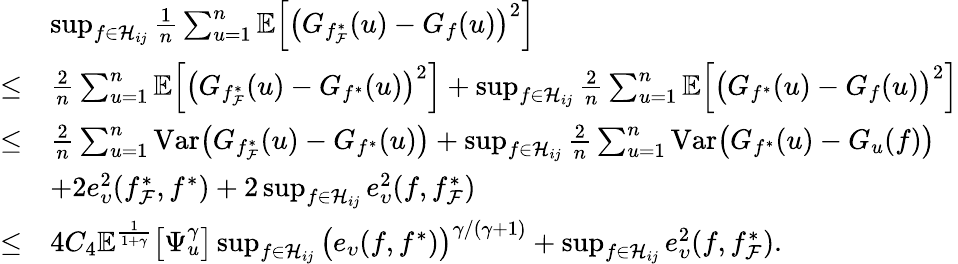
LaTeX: \begin{array}{rl}&{\operatorname*{sup}_{f\in\mathcal{H}_{ij}}\frac{1}{n}\sum_{u=1}^{n}\mathbb{E}\Big[\big(G_{f_{\mathcal{F}}^{*}}(u)-G_{f}(u)\big)^{2}\Big]}\\ {\leq}&{\frac{2}{n}\sum_{u=1}^{n}\mathbb{E}\Big[\big(G_{f_{\mathcal{F}}^{*}}(u)-G_{f^{*}}(u)\big)^{2}\Big]+\operatorname*{sup}_{f\in\mathcal{H}_{ij}}\frac{2}{n}\sum_{u=1}^{n}\mathbb{E}\Big[\big(G_{f^{*}}(u)-G_{f}(u)\big)^{2}\Big]}\\ {\leq}&{\frac{2}{n}\sum_{u=1}^{n}\mathrm{Var}\big(G_{f_{\mathcal{F}}^{*}}(u)-G_{f^{*}}(u)\big)+\operatorname*{sup}_{f\in\mathcal{H}_{ij}}\frac{2}{n}\sum_{u=1}^{n}\mathrm{Var}\big(G_{f^{*}}(u)-G_{u}(f)\big)}\\ &{+2e_{\upsilon}^{2}(f_{\mathcal{F}}^{*},f^{*})+2\operatorname*{sup}_{f\in\mathcal{H}_{ij}}e_{\upsilon}^{2}(f,f_{\mathcal{F}}^{*})}\\ {\leq}&{4C_{4}\mathbb{E}^{\frac{1}{1+\gamma}}\big[\Psi_{u}^{\gamma}\big]\operatorname*{sup}_{f\in\mathcal{H}_{ij}}\big(e_{\upsilon}(f,f^{*})\big)^{\gamma/(\gamma+1)}+\operatorname*{sup}_{f\in\mathcal{H}_{ij}}e_{\upsilon}^{2}(f,f_{\mathcal{F}}^{*}).}\end{array}